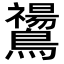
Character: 𪇚